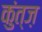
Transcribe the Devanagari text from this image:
कुंत्ज़